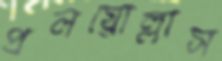
প্রলয়োল্লাস